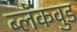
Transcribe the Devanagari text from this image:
ब्लॅकवुड